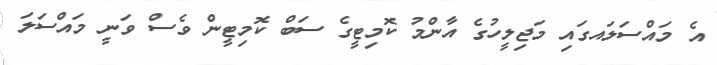
އެ މައްސަލައގައި މަޖިލީހުގެ އާންމު ކޮމިޓީގެ ސަބް ކޮމިޓީން ވެސް ވަނީ މައްސަލަ